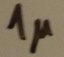
Text: 1µ